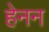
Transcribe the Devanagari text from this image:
हेनन